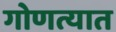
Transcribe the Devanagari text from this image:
गोणत्यात